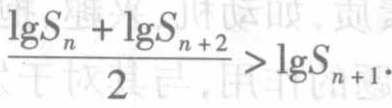
\frac{\lg S_{n}+\lg S_{n + 2}}{2}>\lg S_{n + 1}